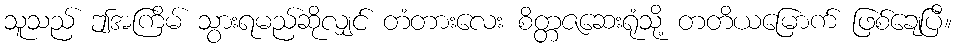
သူသည် ဤအကြိမ် သွားရမည်ဆိုလျှင် တံတားလေး စိတ္တဇဆေးရုံသို့ တတိယမြောက် ဖြစ်ချေပြီ။